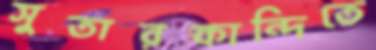
সুতারকান্দিতে